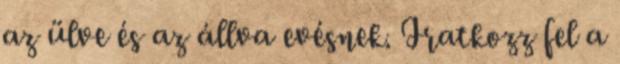
az ülve és az állva evésnek. Iratkozz fel a